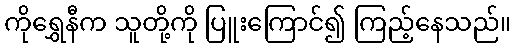
ကိုရွှေနီက သူတို့ကို ပြူးကြောင်၍ ကြည့်နေသည်။